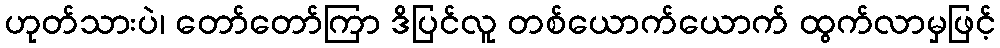
ဟုတ်သားပဲ၊ တော်တော်ကြာ ဒိပြင်လူ တစ်ယောက်ယောက် ထွက်လာမှဖြင့်